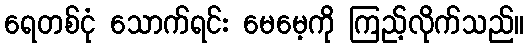
ရေတစ်ငုံ သောက်ရင်း မေမေ့ကို ကြည့်လိုက်သည်။